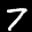
Label: 7